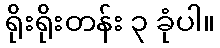
ရိုးရိုးတန်း ၃ ခုံပါ။